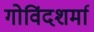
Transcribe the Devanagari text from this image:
गोविंदशर्मा